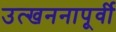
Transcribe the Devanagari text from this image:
उत्खननापूर्वी